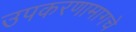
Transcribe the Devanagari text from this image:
उपकरणामागचे